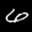
Label: 6